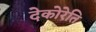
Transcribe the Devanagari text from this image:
देकोरेति